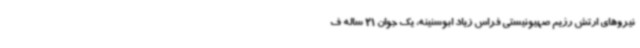
نیروهای ارتش رژیم صهیونیستی فراس زیاد ابوسنینه، یک جوان 21 ساله ف